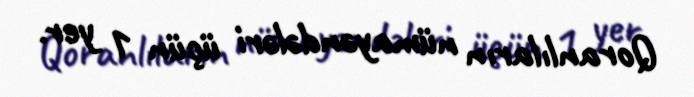
Qoranlıların nümayəndələri üçün 1 yer.